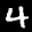
Label: 4